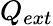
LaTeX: Q_{ext}